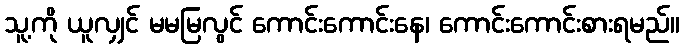
သူ့ကို ယူလျှင် မမမြလွင် ကောင်းကောင်းနေ၊ ကောင်းကောင်းစားရမည်။